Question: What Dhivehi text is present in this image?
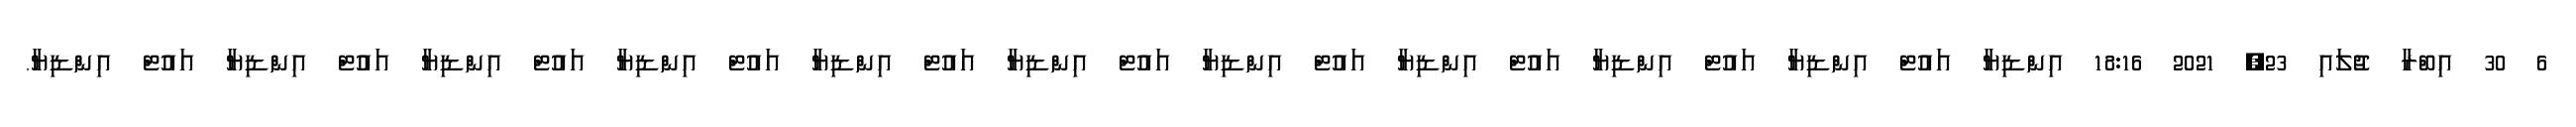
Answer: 6 30 އިބްރާ ޖުލައި 23, 2021 18:16 އިންޑިޔާ އައުޓް އިންޑިޔާ އައުޓް އިންޑިޔާ އައުޓް އިންޑިޔާ އައުޓް އިންޑިޔާ އައުޓް އިންޑިޔާ އައުޓް އިންޑިޔާ އައުޓް އިންޑިޔާ އައުޓް އިންޑިޔާ އައުޓް އިންޑިޔާ އައުޓް އިންޑިޔާ.